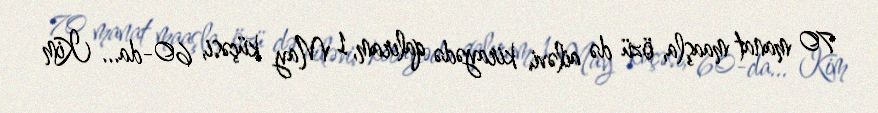
70 manat maaşla, özü də ailəvi, kirayədə qalıram, 1 May küçəsi, 60-da... Kim